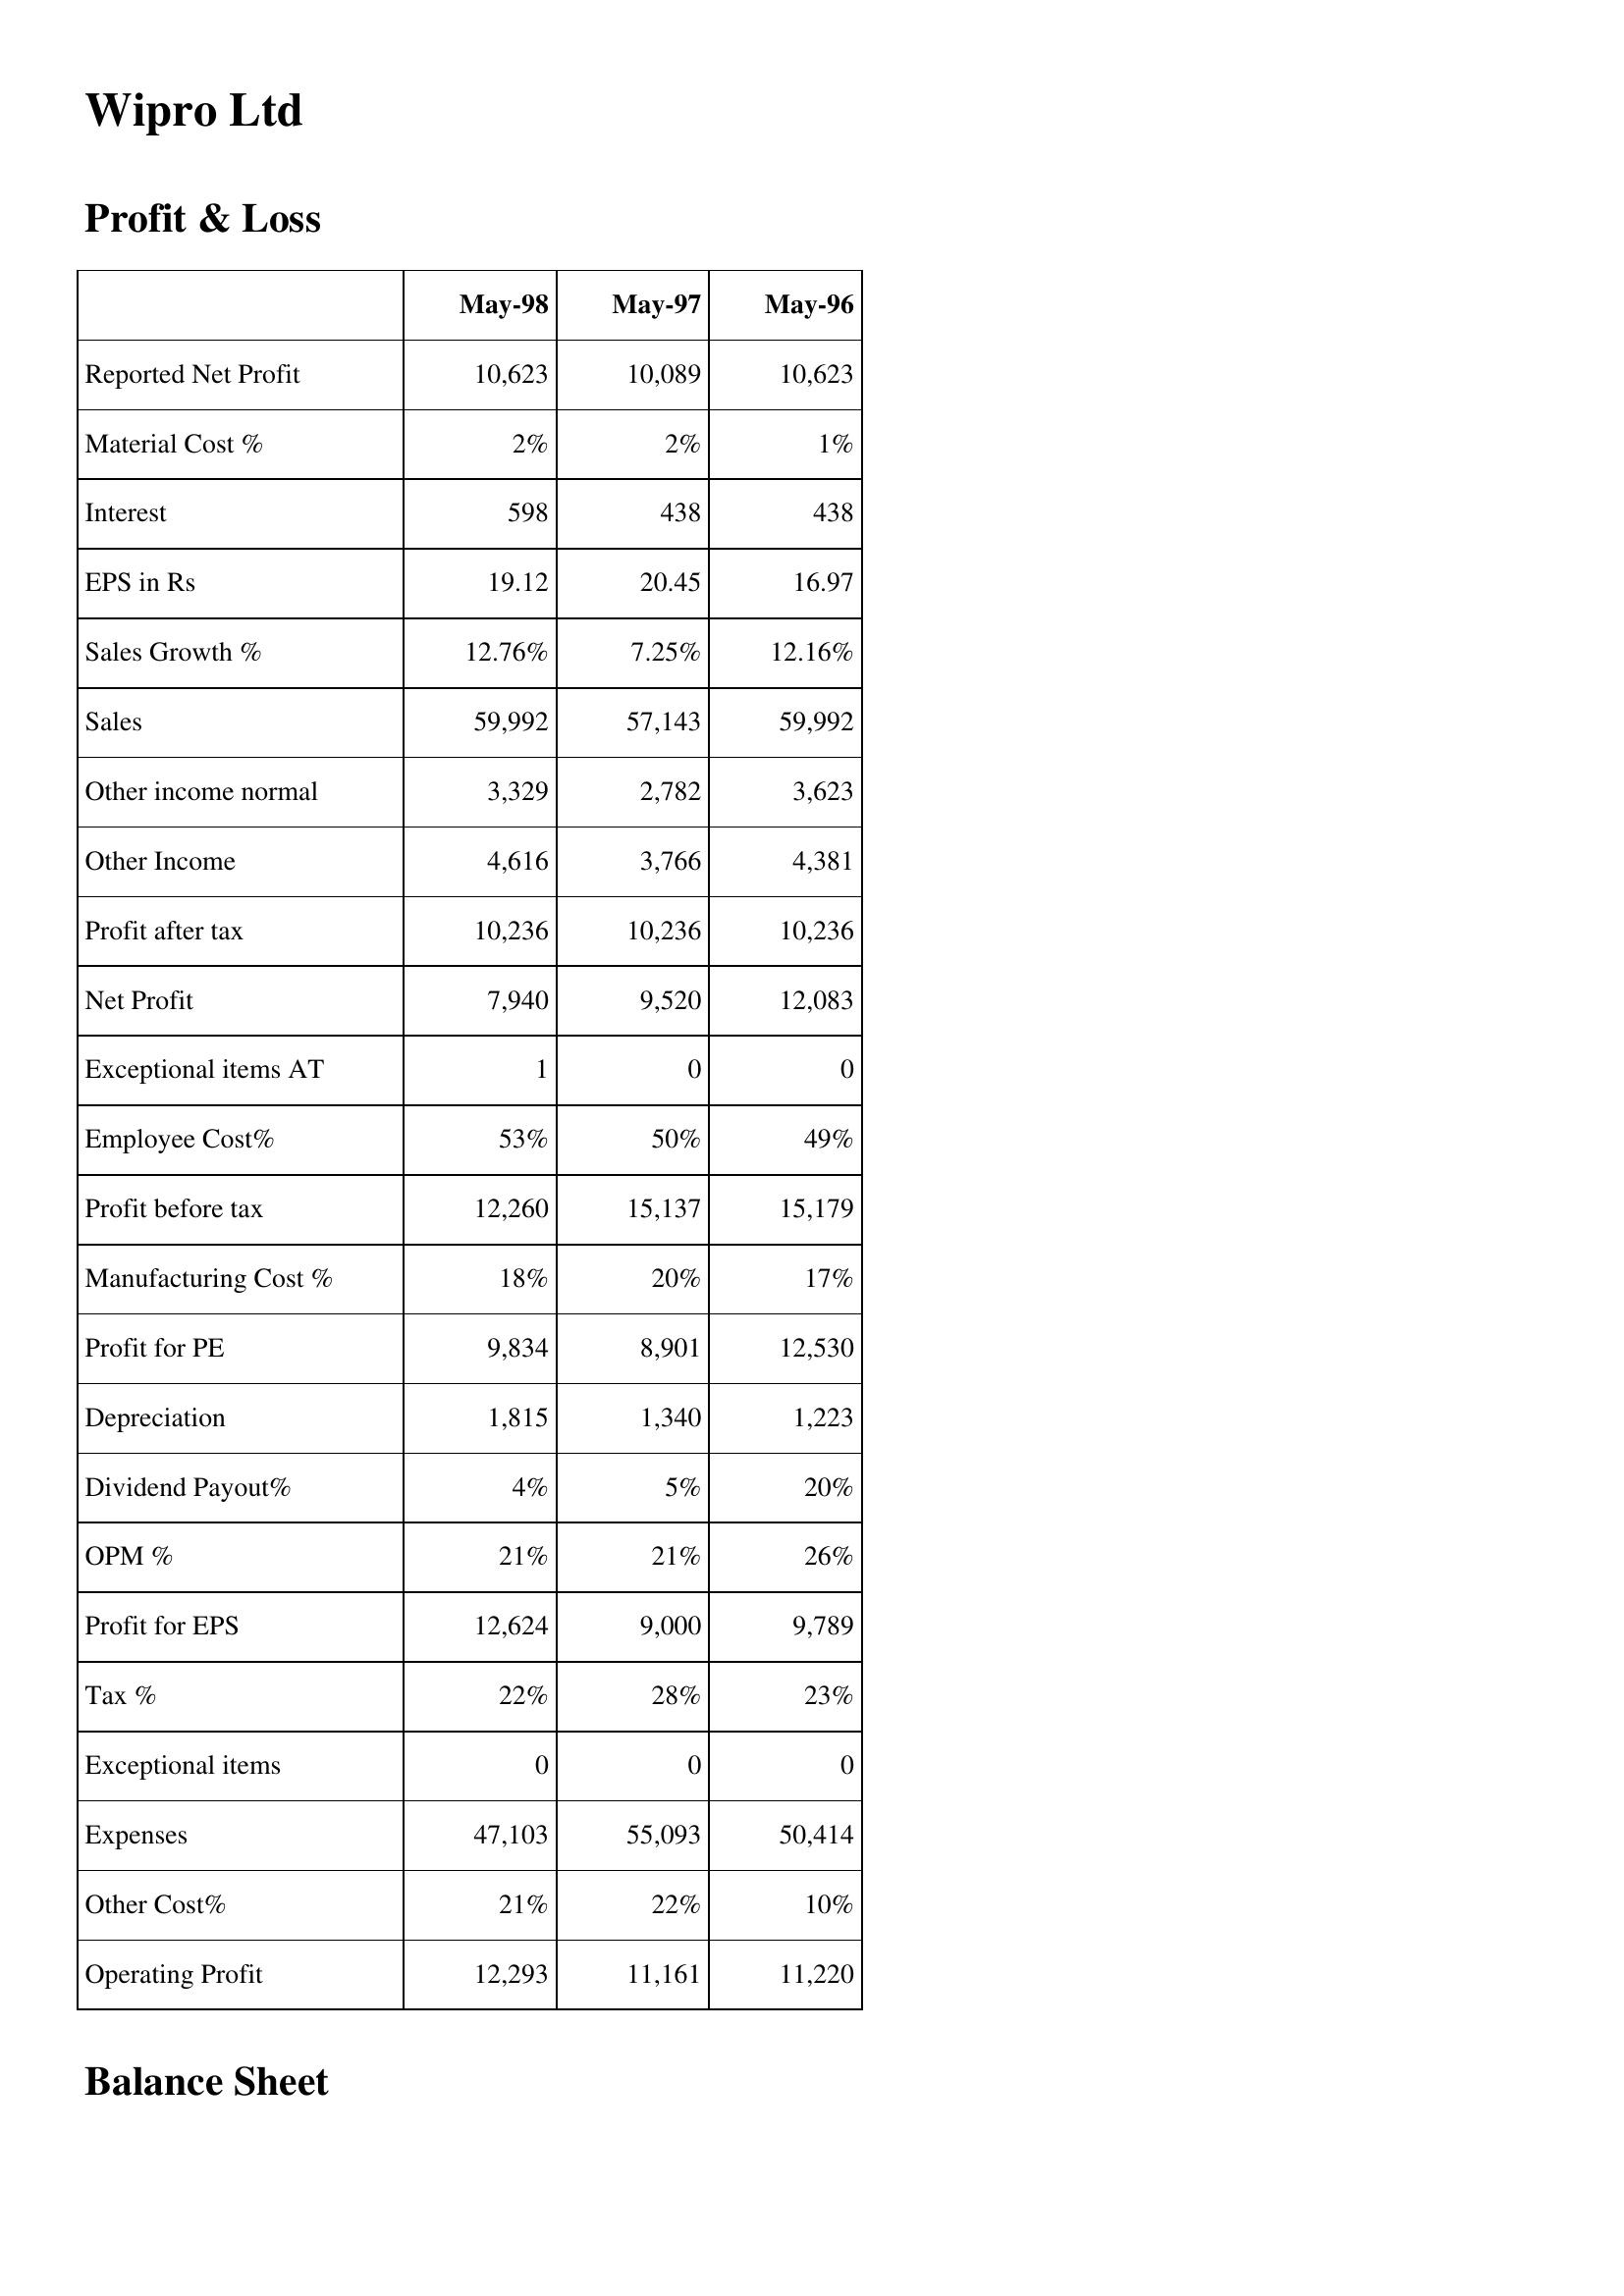
May-98: Profit & Loss: Reported Net Profit: 10,623
Material Cost %: 2%
Interest: 598
EPS in Rs: 19.12
Sales Growth %: 12.76%
Sales: 59,992
Other income normal: 3,329
Other Income: 4,616
Profit after tax: 10,236
Net Profit: 7,940
Exceptional items AT: 1
Employee Cost%: 53%
Profit before tax: 12,260
Manufacturing Cost %: 18%
Profit for PE: 9,834
Depreciation: 1,815
Dividend Payout%: 4%
OPM %: 21%
Profit for EPS: 12,624
Tax %: 22%
Exceptional items: 0
Expenses: 47,103
Other Cost%: 21%
Operating Profit: 12,293
May-97: Profit & Loss: Reported Net Profit: 10,089
Material Cost %: 2%
Interest: 438
EPS in Rs: 20.45
Sales Growth %: 7.25%
Sales: 57,143
Other income normal: 2,782
Other Income: 3,766
Profit after tax: 10,236
Net Profit: 9,520
Exceptional items AT: 0
Employee Cost%: 50%
Profit before tax: 15,137
Manufacturing Cost %: 20%
Profit for PE: 8,901
Depreciation: 1,340
Dividend Payout%: 5%
OPM %: 21%
Profit for EPS: 9,000
Tax %: 28%
Exceptional items: 0
Expenses: 55,093
Other Cost%: 22%
Operating Profit: 11,161
May-96: Profit & Loss: Reported Net Profit: 10,623
Material Cost %: 1%
Interest: 438
EPS in Rs: 16.97
Sales Growth %: 12.16%
Sales: 59,992
Other income normal: 3,623
Other Income: 4,381
Profit after tax: 10,236
Net Profit: 12,083
Exceptional items AT: 0
Employee Cost%: 49%
Profit before tax: 15,179
Manufacturing Cost %: 17%
Profit for PE: 12,530
Depreciation: 1,223
Dividend Payout%: 20%
OPM %: 26%
Profit for EPS: 9,789
Tax %: 23%
Exceptional items: 0
Expenses: 50,414
Other Cost%: 10%
Operating Profit: 11,220